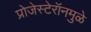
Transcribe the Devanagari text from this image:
प्रोजेस्टेरॉनमुळे